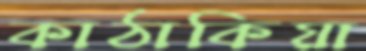
কাঠাকিয়া